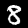
Label: 8